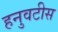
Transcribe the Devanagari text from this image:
हनुवटीस